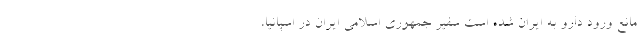
مانع ورود دارو به ایران شده است سفیر جمهوری اسلامی ایران در اسپانیا،